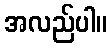
အလည်ပါ။